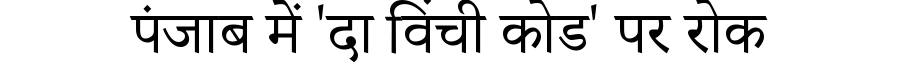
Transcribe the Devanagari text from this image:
पंजाब में 'दा विंची कोड' पर रोक